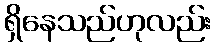
ရှိနေသည်ဟုလည်း